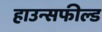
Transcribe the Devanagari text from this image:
हाउन्सफील्ड